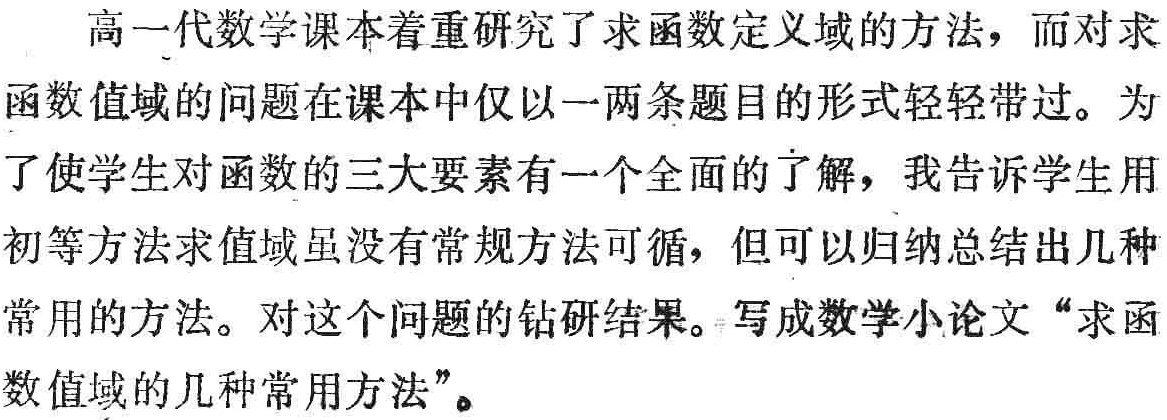
高一代数学课本着重研究了求函数定义域的方法，而对求函数值域的问题在课本中仅以一两条题目的形式轻轻带过。为了使学生对函数的三大要素有一个全面的了解，我告诉学生用初等方法求值域虽没有常规方法可循，但可以归纳总结出几种常用的方法。对这个问题的钻研结果。写成数学小论文“求函数值域的几种常用方法”。